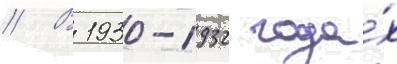
// В 1930-1932 года́х